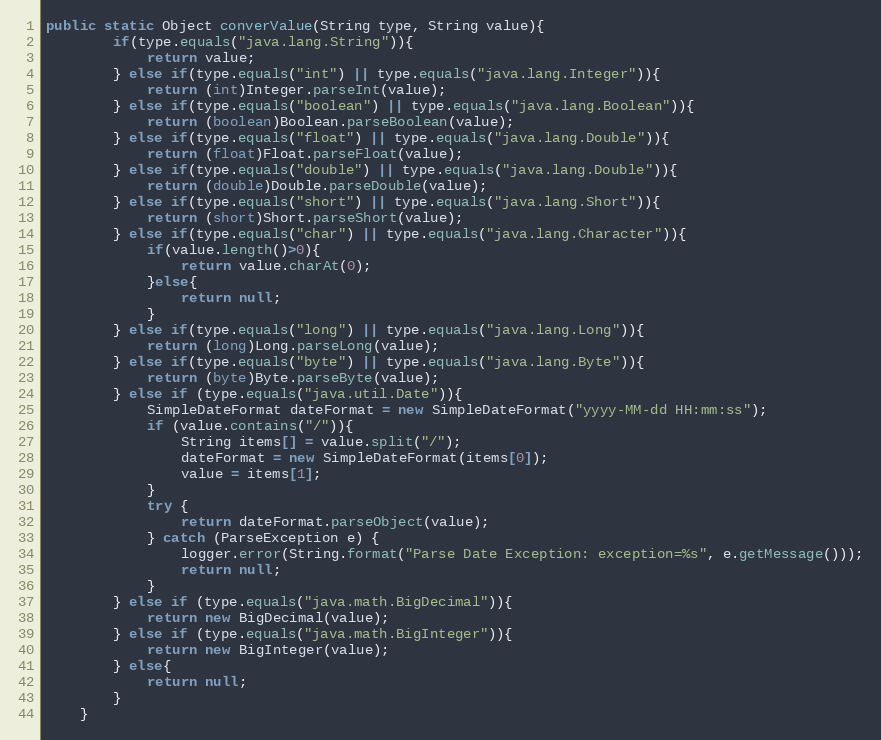
Language: Java
public static Object converValue(String type, String value){
		if(type.equals("java.lang.String")){
			return value;
		} else if(type.equals("int") || type.equals("java.lang.Integer")){
			return (int)Integer.parseInt(value);
		} else if(type.equals("boolean") || type.equals("java.lang.Boolean")){
			return (boolean)Boolean.parseBoolean(value);
		} else if(type.equals("float") || type.equals("java.lang.Double")){
			return (float)Float.parseFloat(value);
		} else if(type.equals("double") || type.equals("java.lang.Double")){
			return (double)Double.parseDouble(value);
		} else if(type.equals("short") || type.equals("java.lang.Short")){
			return (short)Short.parseShort(value);
		} else if(type.equals("char") || type.equals("java.lang.Character")){
			if(value.length()>0){
				return value.charAt(0);
			}else{
				return null;
			}
		} else if(type.equals("long") || type.equals("java.lang.Long")){
			return (long)Long.parseLong(value);
		} else if(type.equals("byte") || type.equals("java.lang.Byte")){
			return (byte)Byte.parseByte(value);
		} else if (type.equals("java.util.Date")){
			SimpleDateFormat dateFormat = new SimpleDateFormat("yyyy-MM-dd HH:mm:ss");
			if (value.contains("/")){
				String items[] = value.split("/");
				dateFormat = new SimpleDateFormat(items[0]);
				value = items[1];
			}
			try {
				return dateFormat.parseObject(value);
			} catch (ParseException e) {
				logger.error(String.format("Parse Date Exception: exception=%s", e.getMessage()));
				return null;
			}
		} else if (type.equals("java.math.BigDecimal")){
			return new BigDecimal(value);
		} else if (type.equals("java.math.BigInteger")){
			return new BigInteger(value);
		} else{
			return null;
		}
	}